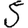
Digit: 5